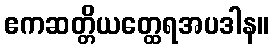
ဧကဆတ္တိယတ္ထေရအပဒါန။